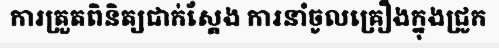
ការត្រួតពិនិត្យជាក់ស្តែង ការនាំចូលគ្រឿងក្នុងជ្រូក